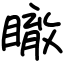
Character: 瞮